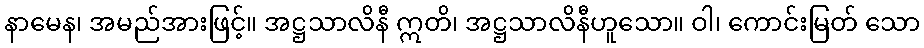
နာမေန၊ အမည်အားဖြင့်။ အဋ္ဌသာလိနီ ဣတိ၊ အဋ္ဌသာလိနီဟူသော။ ဝါ၊ ကောင်းမြတ် သော